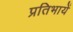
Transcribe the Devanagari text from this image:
प्रतिभायें